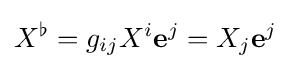
X^{\flat }=g_{ij}X^{i}\mathbf {e} ^{j}=X_{j}\mathbf {e} ^{j}